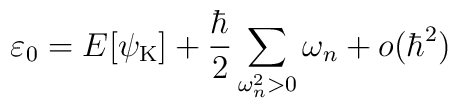
\varepsilon_0=E[{\psi}_{\rm K}]+\frac{\hbar}{2}\sum_{\omega_n^2>0} \omega_n+o(\hbar^2)